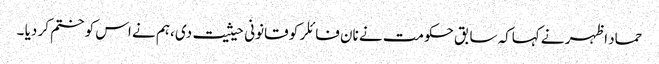
حماد اظہر نے کہاکہ سابق حکومت نے نان فائلر کو قانونی حیثیت دی ،ہم نے اس کو ختم کر دیا ۔